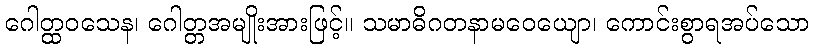
ဂေါတ္ထဝသေန၊ ဂေါတ္တအမျိုးအားဖြင့်။ သမာဓိဂတနာမဝေယျော၊ ကောင်းစွာရအပ်သော